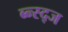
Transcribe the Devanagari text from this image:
ब्न्स्द्ज